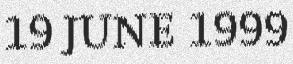
19 JUNE 1999